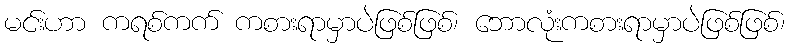
မင်းဟာ ကရစ်ကက် ကစားရာမှာပဲဖြစ်ဖြစ်၊ ဘောလုံးကစားရာမှာပဲဖြစ်ဖြစ်၊